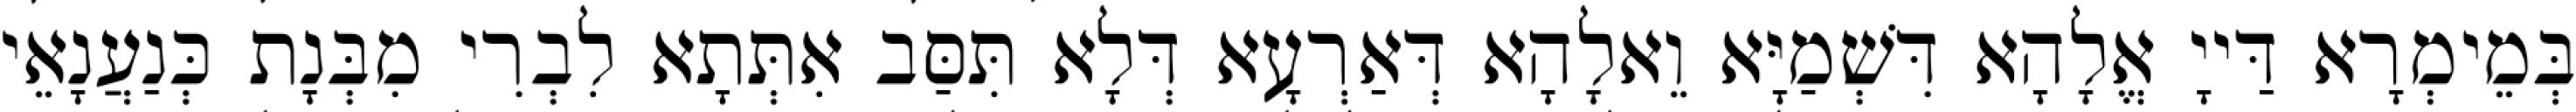
בְּמֵימְרָא דַּייָ אֱלָהָא דִּשְׁמַיָּא וֵאלָהָא דְּאַרְעָא דְּלָא תִּסַּב אִתְּתָא לִבְרִי מִבְּנָת כְּנַעֲנָאֵי